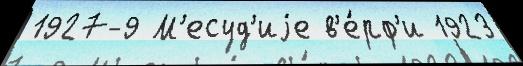
1927-9 М'есуд'иjе в'е́рф'и 1923